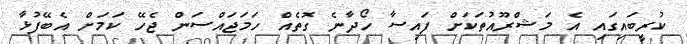
ކުރީބައިގައި އެ މަޝްރޫއުތަކަށް ފައިސާ ހޯދާނެ ގޮތެއް ހަމަޖައްސަން ޖެހޭ ކަމަށް އެބޭފުޅާ